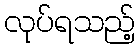
လုပ်ရသည့်